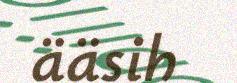
ääsih